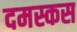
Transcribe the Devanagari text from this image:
दमस्कस